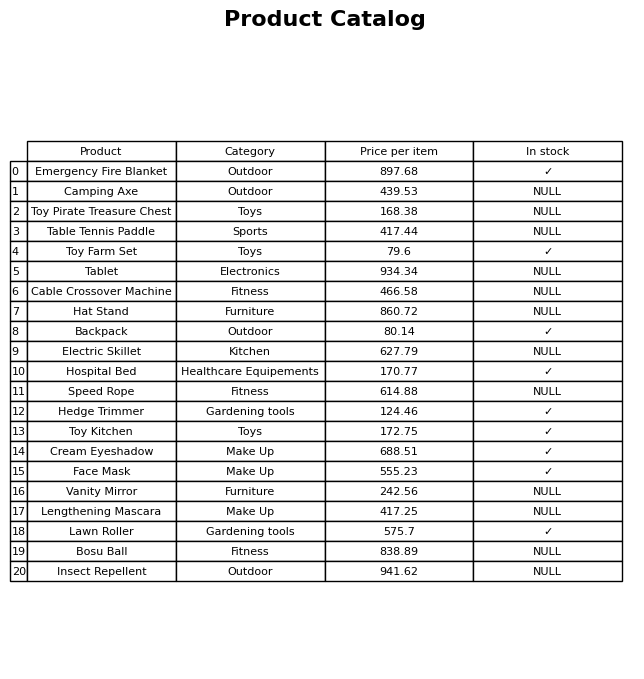
question: What is the price of the Insect Repellent?
answer: The price of Insect Repellent is 941.62.